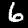
Label: 6